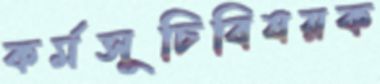
কর্মসূচিবিষয়ক